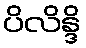
ပိလိန္ဒိ